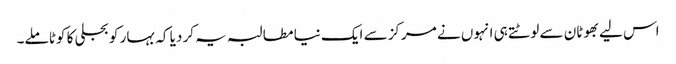
اس لیے بھوٹان سے لوٹتے ہی انہوں نے مرکز سے ایک نیا مطالبہ یہ کر دیا کہ بہار کو بجلی کا کوٹا ملے۔